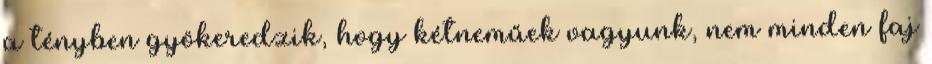
a tényben gyökeredzik, hogy kétneműek vagyunk, nem minden faj